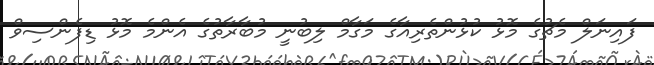
ފައިނަލް މެޗުގެ މޮޅު ކުޅުންތެރިއާގެ މަގާމް ލިބުނީ މުބާރާތުގެ އެންމެ މޮޅު ޑިފެންސިވް